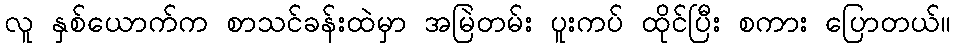
လူ နှစ်ယောက်က စာသင်ခန်းထဲမှာ အမြဲတမ်း ပူးကပ် ထိုင်ပြီး စကား ပြောတယ်။